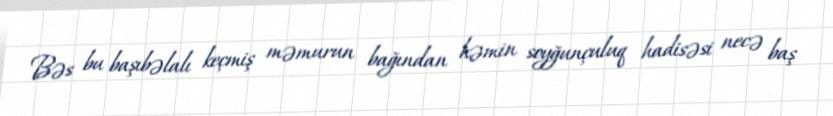
Bəs bu başıbəlalı keçmiş məmurun bağından həmin soyğunçuluq hadisəsi necə baş